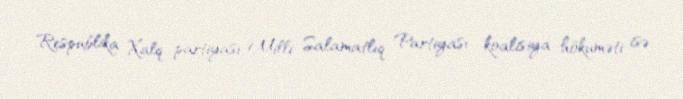
Respublika Xalq partiyası-Milli Salamatlıq Partiyası koalisiya hökuməti isə,